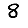
Digit: 8